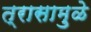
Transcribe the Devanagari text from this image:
त्रासामु़ळे